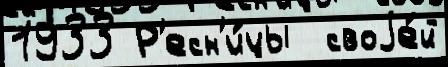
1933 Р'есн'и́цы  своjе́й